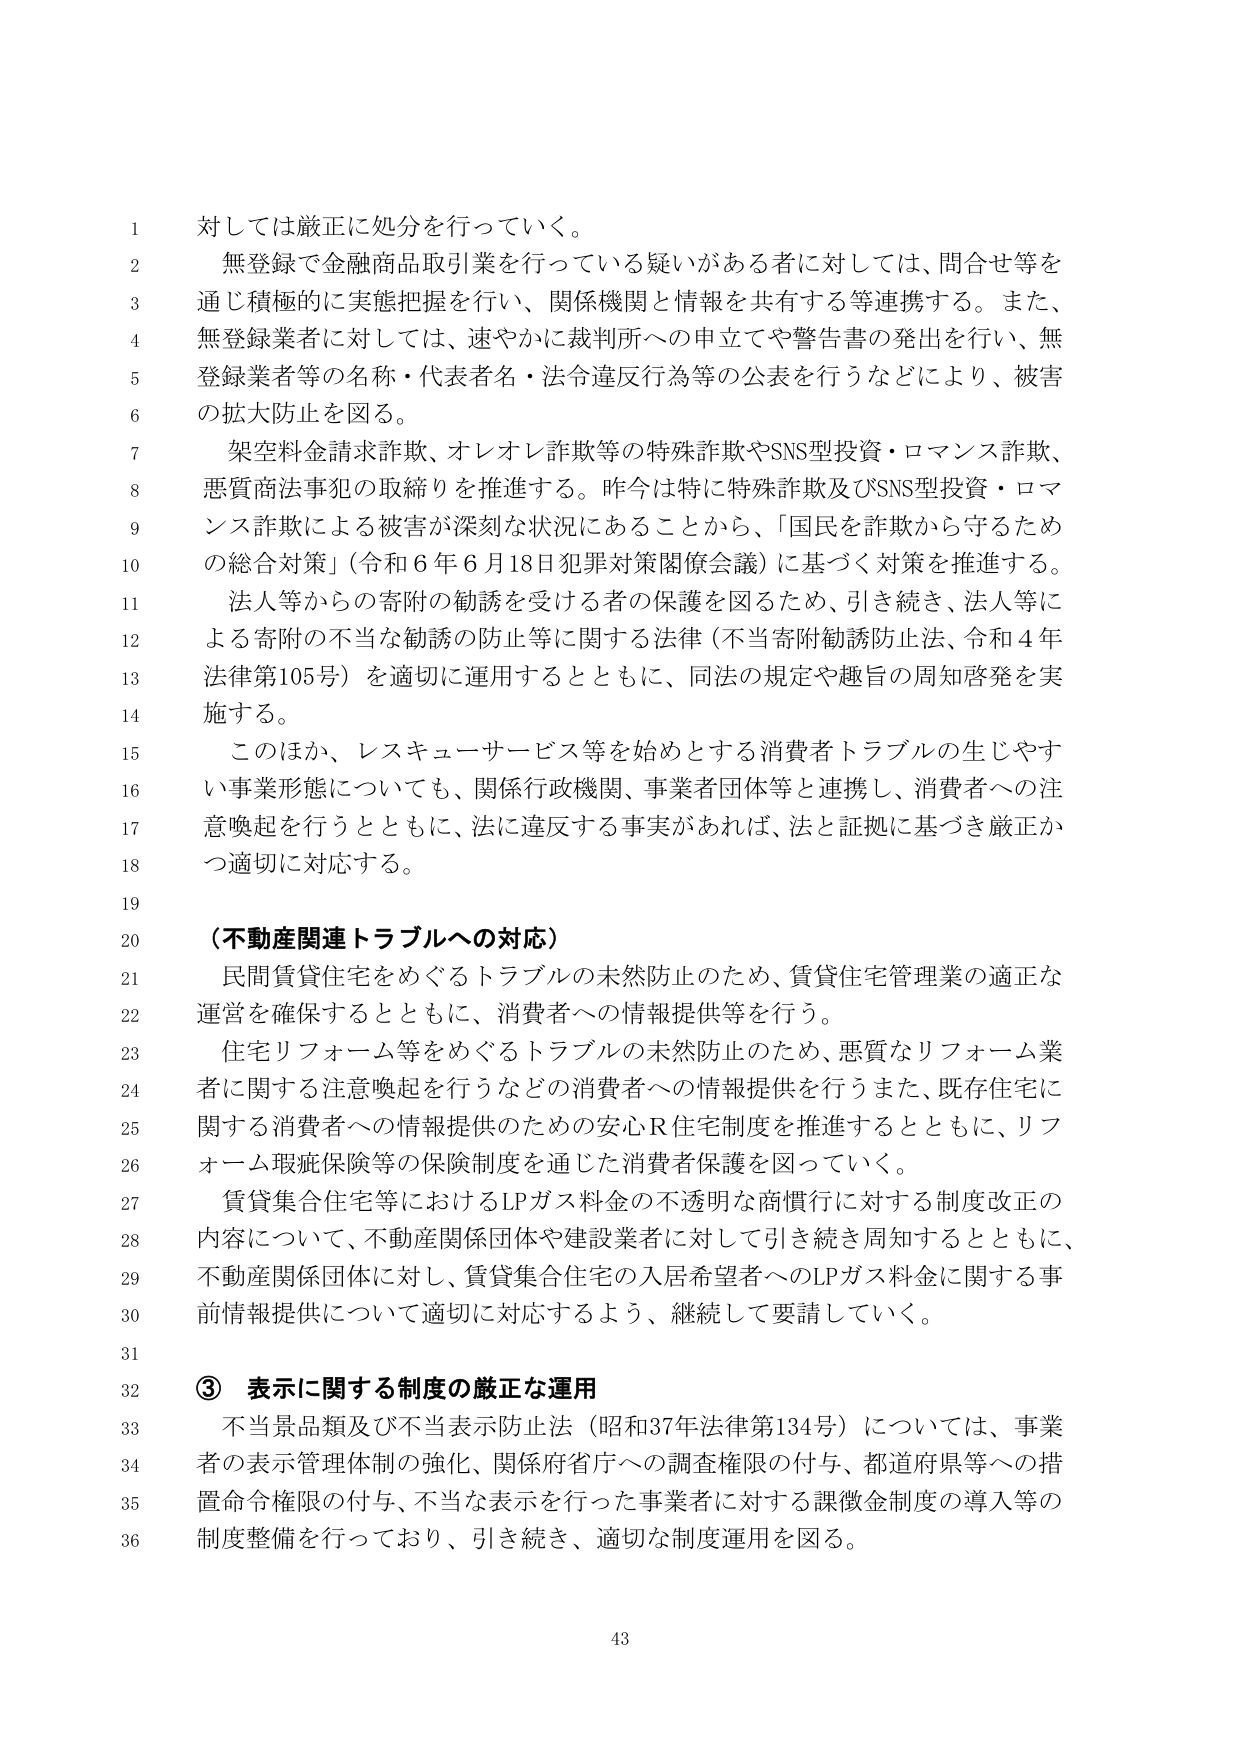
対しては厳正に処分を行っていく。

無登録で金融商品取引業を行っている疑いがある者に対しては、問合せ等を通じ積極的に実態把握を行い、関係機関と情報を共有する等連携する。また、無登録業者に対しては、速やかに裁判所への申立てや警告書の発出を行い、無登録業者等の名称・代表者名・法令違反行為等の公表を行うなどにより、被害の拡大防止を図る。

架空料金請求詐欺、オレオレ詐欺等の特殊詐欺やSNS型投資・ロマンス詐欺、悪質商法事犯の取締りを推進する。昨今は特に特殊詐欺及びSNS型投資・ロマンス詐欺による被害が深刻な状況にあることから、「国民を詐欺から守るための総合対策」（令和６年６月18日犯罪対策関係会議）に基づく対策を推進する。

法人等からの寄附の勧誘を受ける者の保護を図るため、引き続き、法人等による寄附の不当な勧誘の防止等に関する法律（不当寄附勧誘防止法、令和４年法律第105号）を適切に運用するとともに、同法の規定や趣旨の周知啓発を実施する。

このほか、レスキューサービス等を始めとする消費者トラブルの生じやすい事業形態についても、関係行政機関、事業者団体等と連携し、消費者への注意喚起を行うとともに、法に違反する事実があれば、法と証拠に基づき厳正かつ適切に対応する。

（不動産関連トラブルへの対応）

民間賃貸住宅をめぐるトラブルの未然防止のため、賃貸住宅管理業の適正な運営を確保するとともに、消費者への情報提供等を行う。

住宅リフォーム等をめぐるトラブルの未然防止のため、悪質なリフォーム業者に関する注意喚起を行うなどの消費者への情報提供を行うまた、既存住宅に関する消費者への情報提供のための安心Ｒ住宅制度を推進するとともに、リフォーム瑕疵保険等の保険制度を通じた消費者保護を図っていく。

賃貸集合住宅等におけるLPガス料金の不透明な商慣行に対する制度改正の内容について、不動産関係団体や建設業者に対して引き続き周知するとともに、不動産関係団体に対し、賃貸集合住宅の入居希望者へのLPガス料金に関する事前情報提供について適切に対応するよう、継続して要請していく。

③ 表示に関する制度の厳正な運用

不当景品類及び不当表示防止法（昭和37年法律第134号）については、事業者の表示管理体制の強化、関係府省庁への調査権限の付与、都道府県等への措置命令権限の付与、不当な表示を行った事業者に対する課徴金制度の導入等の制度整備を行っており、引き続き、適切な制度運用を図る。

43